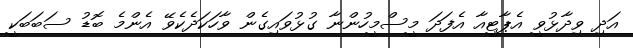
އަދި ވިދާޅުވީ އެޕާޓީއާ އެފަދަ މީސްމީހުންނާ ގުޅުވައިގެން ވާހަކަދެކެވޭ އެންމެ ބޮޑު ސަބަބަކީ